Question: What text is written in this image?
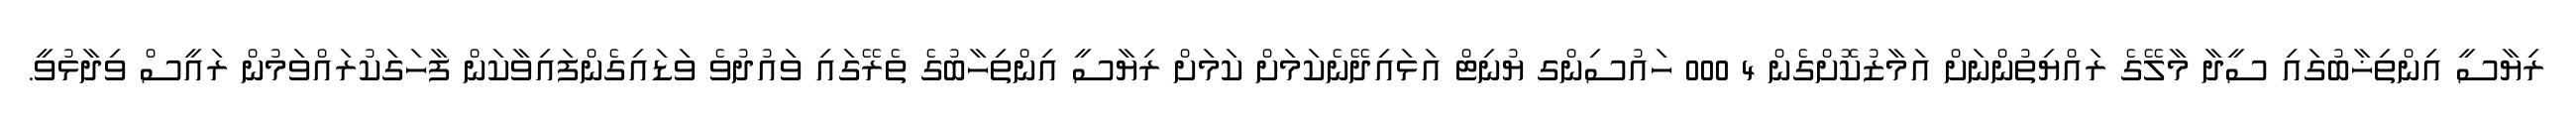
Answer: ރިޔާސީ އިންތިޚާބުގައި ސީދާ މާލޭގެ ރައްޔިތުންނަށް އަމާޒުކޮށްގެން 4 000 ހައުސިންގ ޔުނިޓް އަޅައިދޭނެކަމަށް ކަމަށް ރިޔާސީ އިންތިހާބުގެ ތެރޭގައި ވައުދުވެ ވަޑައިގެންފައިވާކަން ފާހަގަކުރައްވަމުން ރައީސް ވިދާޅުވީ.